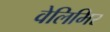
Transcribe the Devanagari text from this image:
वेलिमिर